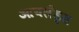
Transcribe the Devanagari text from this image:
आयलैंड्स